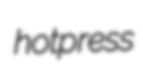
hotpress